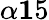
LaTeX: \alpha\le 15